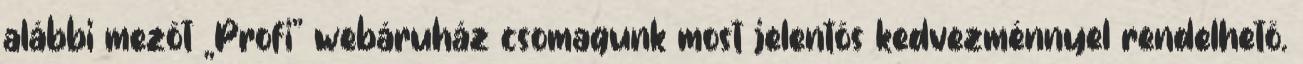
alábbi mezõt „Profi” webáruház csomagunk most jelentõs kedvezménnyel rendelhetõ.